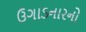
ઉગાડનારનો